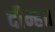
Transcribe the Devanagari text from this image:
दीन्ह॥